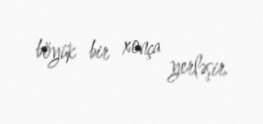
böyük bir xonça yerləşir.